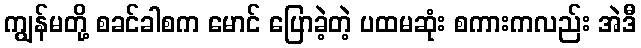
ကျွန်မတို့ စခင်ခါစက မောင် ပြောခဲ့တဲ့ ပထမဆုံး စကားကလည်း အဲဒီ